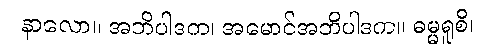
နာလော။ အဘိပါဒက၊ အမောင်အဘိပါဒက။ ဓမ္မရူစိ၊